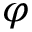
\varphi